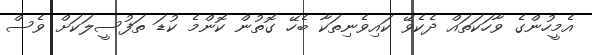
އެމީހުންގެ ވާހަކަތައް ދެކެވޭ ކައިވެނިތަކާ ބެހޭ ގޮތުން ކޮންމެ ކުޑަ ތަފުސީލަކަށް ވެސް